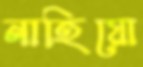
নাহিয়ো